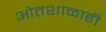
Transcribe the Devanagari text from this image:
ओतशाळाही